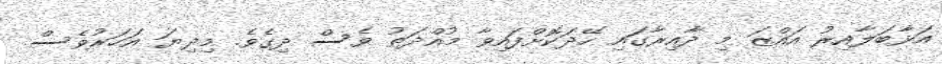
އަޅާބަލާއިރު އައްޒަ މި ދާއިރާގައި ހޭދަކޮށްފައިވާ މުއްދަތު ވެސް ދިގެވެ. މިދިޔަ އަހަރުވެސް